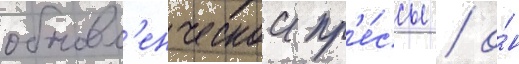
обновл'енческои пр'е́ссы / о́н